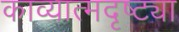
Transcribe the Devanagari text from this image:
काव्यात्मदृष्ट्या